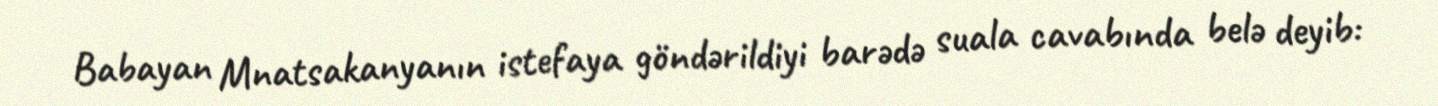
Babayan Mnatsakanyanın istefaya göndərildiyi barədə suala cavabında belə deyib: